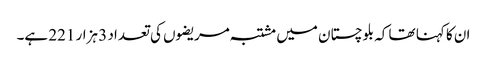
ان کا کہنا تھا کہ بلوچستان میں مشتبہ مریضوں کی تعداد 3 ہزار 221 ہے۔